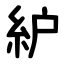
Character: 䋆